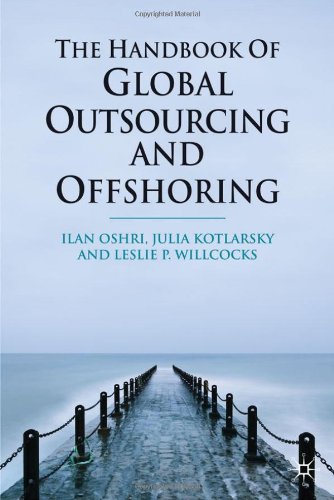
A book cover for The Handbook of Global Outsourcing and Offshoring; Ilan Oshri; Business & Money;